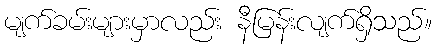
မျက်ခမ်းများမှာလည်း နီမြန်းလျက်ရှိသည်။